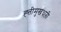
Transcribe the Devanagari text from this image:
ह्त्तीमुखधारी